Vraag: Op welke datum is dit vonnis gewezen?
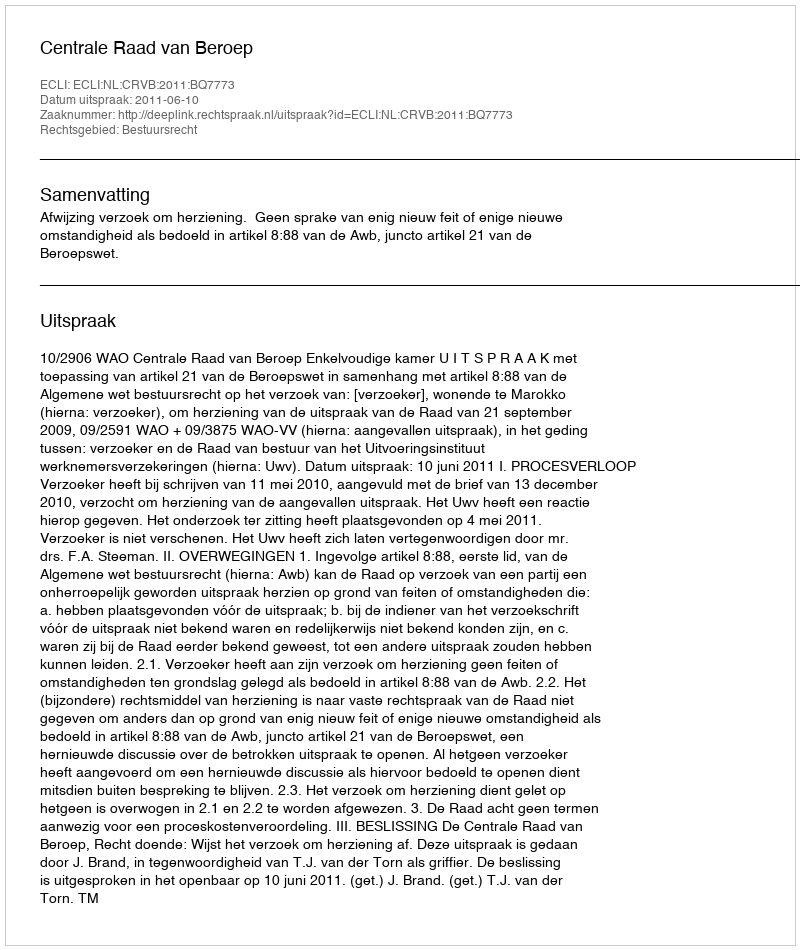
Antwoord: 2011-06-10